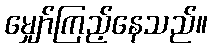
မျှော်ကြည့်နေသည်။